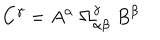
LaTeX: C ^ { \gamma } = A ^ { \alpha } \; \Omega _ { \alpha \beta } ^ { \gamma } \; B ^ { \beta }